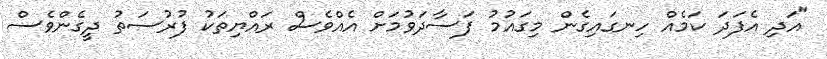
"އަދި އެފަދަ ކަމެއް ހިނގައިގެން މިގައުމު ފަސާދަވުމަށް އެއްވެސް ރައްޔިތަކު ފުރުސަތު ދީގެންވެސް